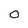
Character: 0